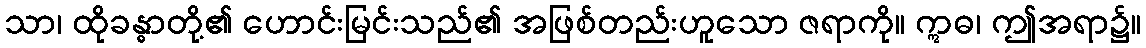
သာ၊ ထိုခန္ဓာတို့၏ ဟောင်းမြင်းသည်၏ အဖြစ်တည်းဟူသော ဇရာကို။ ဣဓ၊ ဤအရာ၌။